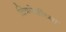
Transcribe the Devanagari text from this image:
चित्रपेशींच्या